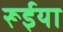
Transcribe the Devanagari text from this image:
रूईया